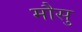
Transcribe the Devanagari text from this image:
मौसु